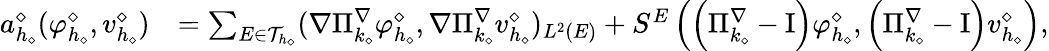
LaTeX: \begin{array}{rl}{a_{h_{\diamond}}^{\diamond}(\varphi_{h_{\diamond}}^{\diamond},v_{h_{\diamond}}^{\diamond})}&{=\sum_{E\in\mathcal{T}_{h_{\diamond}}}(\nabla\Pi_{k_{\diamond}}^{\nabla}\varphi_{h_{\diamond}}^{\diamond},\nabla\Pi_{k_{\diamond}}^{\nabla}v_{h_{\diamond}}^{\diamond})_{L^{2}(E)}+S^{E}\left(\left(\Pi_{k_{\diamond}}^{\nabla}-\mathrm{I}\right)\varphi_{h_{\diamond}}^{\diamond},\left(\Pi_{k_{\diamond}}^{\nabla}-\mathrm{I}\right)v_{h_{\diamond}}^{\diamond}\right),}\end{array}